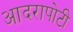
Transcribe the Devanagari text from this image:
आदरापोटी